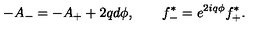
- A _ { - } = - A _ { + } + 2 q d \phi , \qquad f _ { - } ^ { * } = e ^ { 2 i q \phi } f _ { + } ^ { * } .